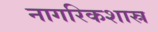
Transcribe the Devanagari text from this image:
नागरिकशास्र